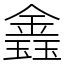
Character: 𨫎